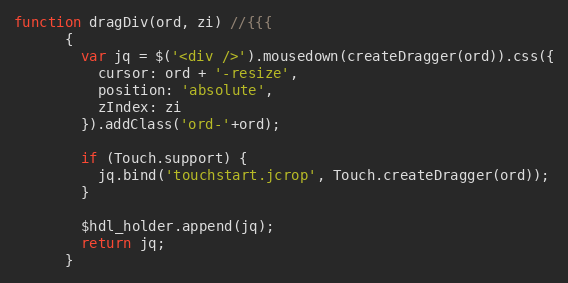
Language: JavaScript
function dragDiv(ord, zi) //{{{
      {
        var jq = $('<div />').mousedown(createDragger(ord)).css({
          cursor: ord + '-resize',
          position: 'absolute',
          zIndex: zi
        }).addClass('ord-'+ord);

        if (Touch.support) {
          jq.bind('touchstart.jcrop', Touch.createDragger(ord));
        }

        $hdl_holder.append(jq);
        return jq;
      }